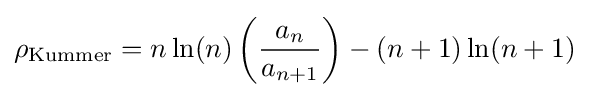
\rho _{\text{Kummer}}=n\ln(n)\left({\frac {a_{n}}{a_{n+1}}}\right)-(n+1)\ln(n+1)